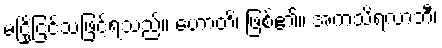
မငြိုငြင်သဖြင့်ရသည်။ ဟောတိ၊ ဖြစ်၏။ အကသိရလာဘီ၊